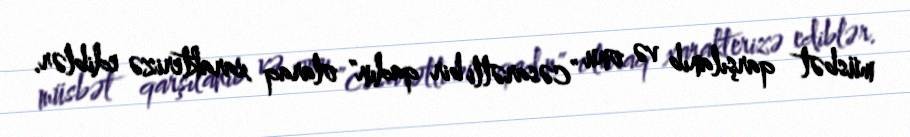
müsbət qarşılanıb və onu "cəsarətli bir qadın" olaraq xarakterizə ediblər.